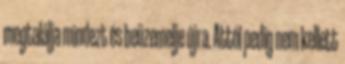
megtalálja mindezt és beüzemelje újra. Attól pedig nem kellett